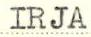
IRJA